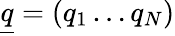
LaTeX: \underline{{q}}=(q_{1}\dots q_{N})